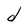
Character: d